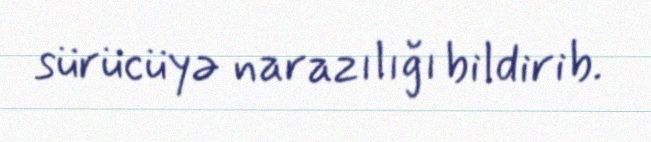
sürücüyə narazılığı bildirib.